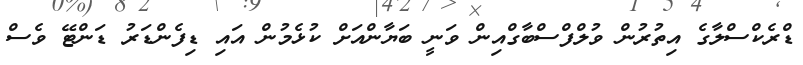
ޑްރެކްސްލާގެ އިތުރުން ވުލްފްސްބާގްއިން ވަނީ ބަޔާންއަށް ކުޅެމުން އައި ޑިފެންޑަރު ޑަންޓޭ ވެސް